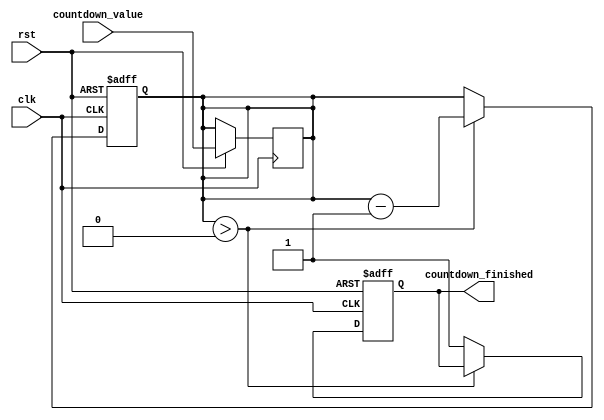
module CountdownTimer(
  input wire clk, // Clock signal
  input wire rst, // Reset signal
  input wire [31:0] countdown_value, // Countdown value in milliseconds or microseconds
  output reg countdown_finished // Output signal triggered when countdown reaches zero
);

reg [31:0] counter; // Counter to keep track of remaining time

always @(posedge clk or posedge rst) begin
  if (rst) begin
    counter <= 0; // Reset counter
    countdown_finished <= 0; // Reset output signal
  end else begin
    if (counter > 0) begin
      counter <= counter - 1; // Decrement counter
    end else begin
      countdown_finished <= 1; // Trigger output signal
    end
  end
end

always @(posedge clk) begin
  if (rst) begin
    counter <= countdown_value; // Load countdown value on reset
  end
end

endmodule